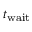
t _ { \mathrm { w a i t } }